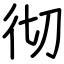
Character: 彻